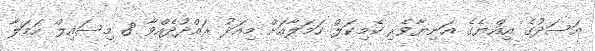
އަސަދުގެ އިއްޔެގެ އަނިޔާވެރި ކެމިކަލް ހަމަލާއަށް މިއަދު ރައްދުދެއްވާ 8 މިސައިލް ހަމަލާ